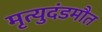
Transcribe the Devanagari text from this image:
मृत्युदंडमौत